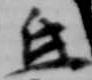
氐